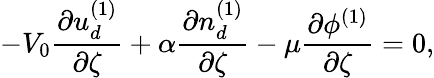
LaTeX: -V_{0}\frac{\partial u_{d}^{(1)}}{\partial\zeta}+\alpha\frac{\partial n_{d}^{(1)}}{\partial\zeta}-\mu\frac{\partial\phi^{(1)}}{\partial\zeta}=0,